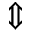
\Updownarrow